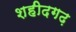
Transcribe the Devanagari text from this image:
शहीदगढ़